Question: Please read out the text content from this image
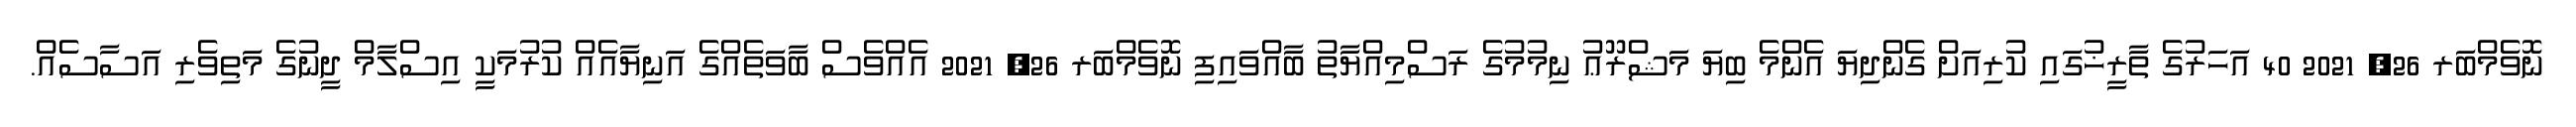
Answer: ނޮވެމްބަރ 26, 2021 40 އަހަރުގެ ތާރީޚުގައި ކުރިއަށް ގެންދިޔަ އެންމެ ބިޔަ މަޝްރޫޢު ނިމުމުގެ ރަސްމިއްޔާތު ބާއްވައިފި ނޮވެމްބަރ 26, 2021 އެއްވެސް ބާވަތެއްގެ އަނިޔާއެއް ކުރުމަކީ އިސްލާމް ދީނުގެ މަތިވެރި އަސާސެއް.